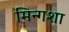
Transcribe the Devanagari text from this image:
मिन्गशा